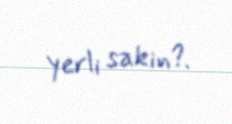
yerli sakin?.